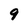
Character: 9